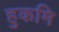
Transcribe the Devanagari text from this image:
हुकमि